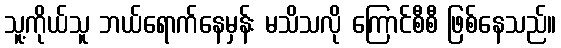
သူ့ကိုယ်သူ ဘယ်ရောက်နေမှန်း မသိသလို ကြောင်စီစီ ဖြစ်နေသည်။